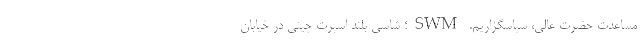
مساعدت حضرت عالی، سپاسگزاریم. SWM؛ شاسی بلند اسپرت چینی در خیابان